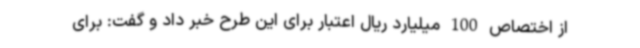
از اختصاص 100 میلیارد ریال اعتبار برای این طرح خبر داد و گفت: برای